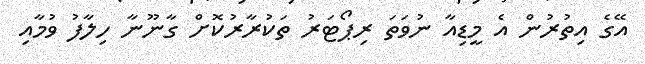
އޭގެ އިތުރުން އެ މީޑިއާ ނުވަތަ ރިޕޯޓަރު ތަކުރާރުކޮށް ގާނޫނާ ހިލާފު ވުމާއި